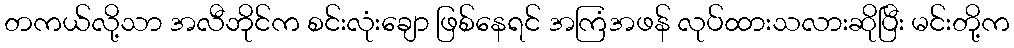
တကယ်လို့သာ အလီဘိုင်က စင်းလုံးချော ဖြစ်နေရင် အကြံအဖန် လုပ်ထားသလားဆိုပြီး မင်းတို့က